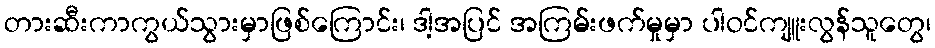
တားဆီးကာကွယ်သွားမှာဖြစ်ကြောင်း၊ ဒါ့အပြင် အကြမ်းဖက်မှုမှာ ပါဝင်ကျူးလွန်သူတွေ၊